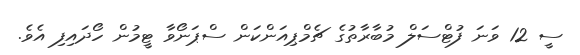
ސީ 12 ވަނަ ފުޓްސަލް މުބާރާތުގެ ޗެމްޕިއަންކަން ސްޕަނޯވާ ޓީމުން ހޯދައިފި އެވެ.